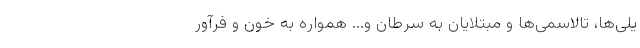
یلی‌ها، تالاسمی‌ها و مبتلایان به سرطان و... همواره به خون و فرآور